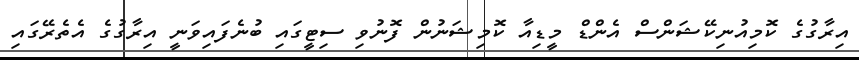
އިރާގުގެ ކޮމިއުނިކޭޝަންސް އެންޑް މީޑިއާ ކޮމިޝަނުން ފޮނުވި ސިޓީގައި ބުނެފައިވަނީ އިރާގުގެ އެތެރޭގައި